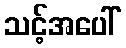
သင့်အပေါ်